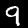
Digit: 9